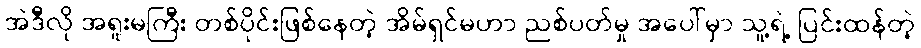
အဲဒီလို အရူးမကြီး တစ်ပိုင်းဖြစ်နေတဲ့ အိမ်ရှင်မဟာ ညစ်ပတ်မှု အပေါ်မှာ သူ့ရဲ့ ပြင်းထန်တဲ့